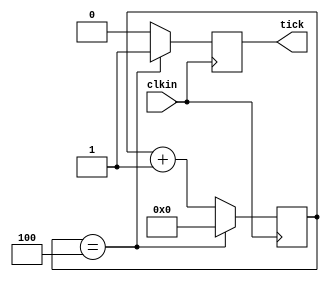
module clktick_16( //DIVIDE BY 500
clkin,
tick);
	
	input clkin;
	output tick;
	
	reg [13:0] count;
	reg tick;

	
	initial tick = 1'b0;
	initial count = 0;
	
	always @ (posedge clkin)
	begin
			if (count == 3'd500) 
			begin 
				tick <= 1'b1;
				count <= 0; 
			end
			else
			begin
				count <= count + 1'b1;
				tick <= 1'b0;	
			end
	end
	
endmodule